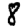
Digit: 8